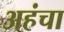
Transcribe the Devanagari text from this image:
अहंचा